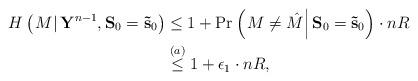
LaTeX: \begin{align*}H\left( {\left. M \right|{{{\bf Y} }^{n-1} },{{{\bf S} }_0} = {{{\bf{\tilde s}} }_0}} \right)&\leq 1 + \Pr \left( \left.{M \ne \hat M}\right|{{{\bf S} }_0} = {{{\bf{\tilde s}} }_0} \right)\cdot nR \\&\stackrel{(a)}{\leq} 1 + {\epsilon _1}\cdot nR, \end{align*}